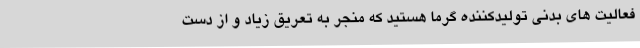
فعالیت های بدنی تولیدکننده گرما هستید که منجر به تعریق زیاد و از دست